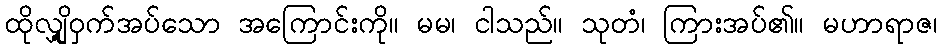
ထိုလျှို့ဝှက်အပ်သော အကြောင်းကို။ မမ၊ ငါသည်။ သုတံ၊ ကြားအပ်၏။ မဟာရာဇ၊